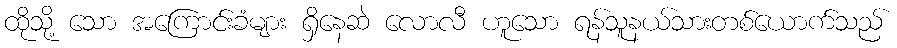
ထိုသို့ သော အကြောင်းခံများ ရှိနေဆဲ လောလီ ဟူသော ရန်သူနယ်သားတစ်ယောက်သည်